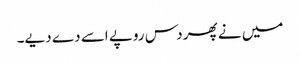
میں نے پھر دس روپے اسے دے دیے۔